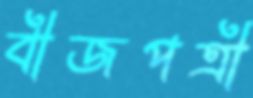
বীজপত্রী